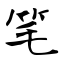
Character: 笔